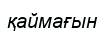
қаймағын